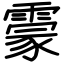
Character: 霥